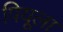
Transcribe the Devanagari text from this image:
पियूला